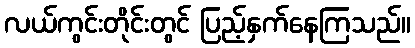
လယ်ကွင်းတိုင်းတွင် ပြည့်နှက်နေကြသည်။